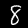
Digit: 8